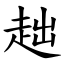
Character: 趉